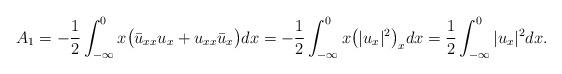
LaTeX: \begin{align*} A_1= -\frac{1}{2}\int_{-\infty}^0x\big(\bar{u}_{xx}u_x + u_{xx}\bar{u}_x \big)dx = -\frac{1}{2}\int_{-\infty}^0x\big(|u_x|^2\big)_xdx = \frac{1}{2}\int_{-\infty}^0|u_x|^2dx. \end{align*}